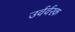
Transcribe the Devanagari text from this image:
उर्वर्वरक